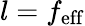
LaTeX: l=f_{\mathrm{eff}}